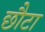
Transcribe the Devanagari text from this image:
छौटा